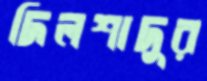
দিলশাদুর